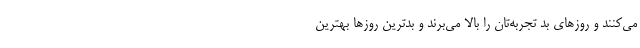
می‌کنند و روز‌های بد تجربه‌تان را بالا می‌برند و بدترین روز‌ها بهترین